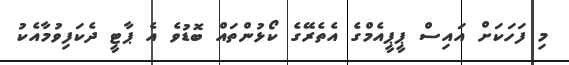
މި ފަހަކަށް އައިސް ޕީޕީއެމްގެ އެތެރޭގެ ކޯޅުންތައް ބޮޑުވެ އެ ޕާޓީ ދެކަފިވުމާއެކު